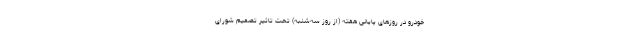
خودرو در روزهای پایانی هفته‌ (از روز سه‌شنبه) تحت تاثیر تصمیم شورای